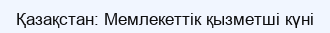
Қазақстан: Мемлекеттік қызметші күні